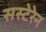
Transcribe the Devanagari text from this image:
सस्टेरेन